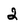
Character: 2